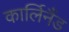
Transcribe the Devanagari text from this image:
कार्लिनैंड